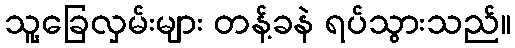
သူ့ခြေလှမ်းများ တန့်ခနဲ ရပ်သွားသည်။